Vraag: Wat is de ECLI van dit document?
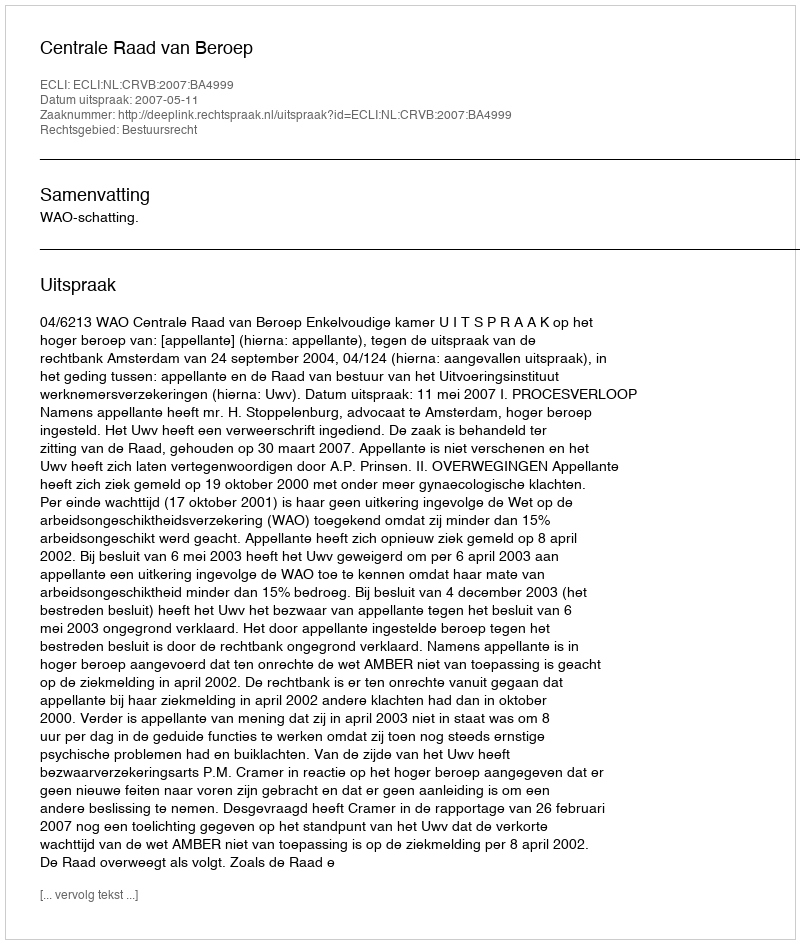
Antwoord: ECLI:NL:CRVB:2007:BA4999